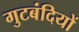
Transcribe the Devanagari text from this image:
गुटबंदियों